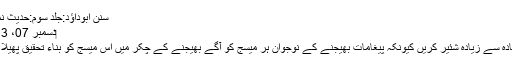
سنن ابوداؤد:جلد سوم:حدیث نمبر 525
‏دسمبر 07، 2013 #9
اس کو زیادہ سے زیادہ شئیر کریں کیونکہ پیغامات بھیجنے کے نوجوان ہر میسج کو آگے بھیجنے کے چکر میں اس میسج کو بناء تحقیق پھیلا رہیں ہیں۔